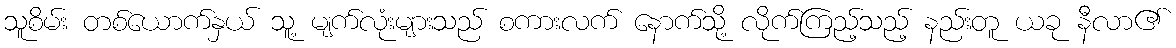
သူစိမ်း တစ်ယောက်နှယ် သူ့ မျက်လုံးများသည် စကားလက် နောက်သို့ လိုက်ကြည့်သည့် နည်းတူ ယခု နီလာ၏